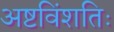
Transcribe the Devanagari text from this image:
अष्टविंशतिः